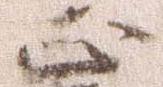
正